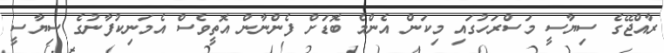
ރާއްޖޭގެ ސިޔާސީ މަސްރަހުގައި މިކަން އެންމެ ބޮޑަށް ފެންނާން އޮތީވެސް އެމަނިކުފާނުގެ ސިޔާސީ